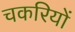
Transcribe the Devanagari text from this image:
चकरियों